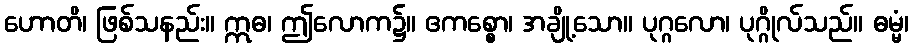
ဟောတိ၊ ဖြစ်သနည်း။ ဣဓ၊ ဤလောက၌။ ဧကစ္စော၊ အချို့သော။ ပုဂ္ဂလော၊ ပုဂ္ဂိုလ်သည်။ ဓမ္မံ၊